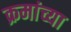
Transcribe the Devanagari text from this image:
क्रमांच्या